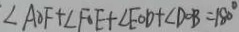
\angle A O F + \angle F O E + \angle E O D + \angle D O B = 1 8 0 ^ { \circ }